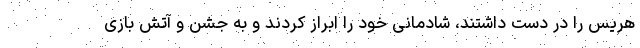
هریس را در دست داشتند، شادمانی خود را ابراز کردند و به جشن و آتش بازی